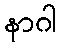
နာဂါ